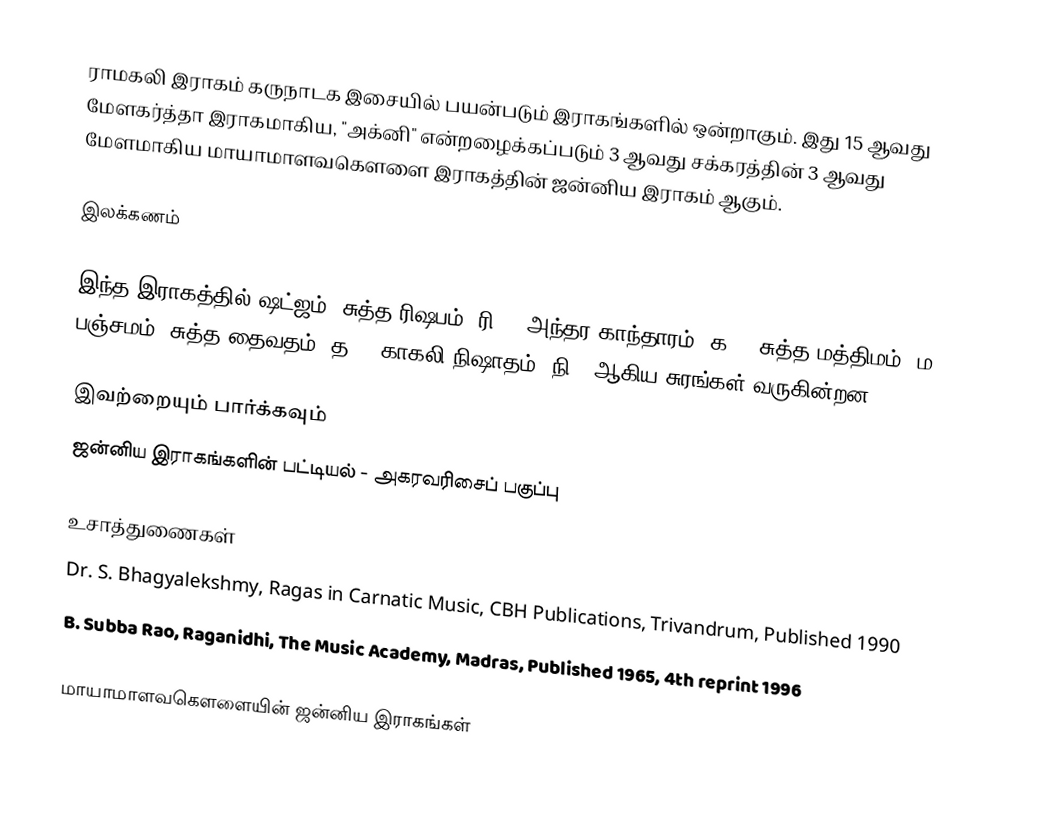
ராமகலி இராகம் கருநாடக இசையில் பயன்படும் இராகங்களில் ஒன்றாகும். இது 15 ஆவது மேளகர்த்தா இராகமாகிய, "அக்னி" என்றழைக்கப்படும் 3 ஆவது சக்கரத்தின் 3 ஆவது மேளமாகிய மாயாமாளவகௌளை இராகத்தின் ஜன்னிய இராகம் ஆகும்.

இலக்கணம்

இந்த இராகத்தில் ஷட்ஜம், சுத்த ரிஷபம் (ரி1),  அந்தர காந்தாரம் (க3), சுத்த மத்திமம் (ம1), பஞ்சமம், சுத்த தைவதம் (த1), காகலி நிஷாதம்  (நி3) ஆகிய சுரங்கள் வருகின்றன.

இவற்றையும் பார்க்கவும்
 ஜன்னிய இராகங்களின் பட்டியல் - அகரவரிசைப் பகுப்பு

உசாத்துணைகள்
 Dr. S. Bhagyalekshmy, Ragas in Carnatic Music, CBH Publications, Trivandrum, Published 1990
 B. Subba Rao, Raganidhi, The Music Academy, Madras, Published 1965, 4th reprint 1996

மாயாமாளவகௌளையின் ஜன்னிய இராகங்கள்